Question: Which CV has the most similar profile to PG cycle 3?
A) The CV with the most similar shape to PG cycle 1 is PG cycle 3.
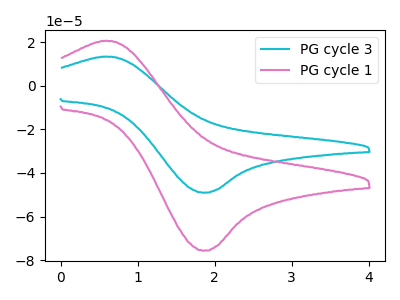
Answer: <think>The cyan curve "PG cycle 3" has an anodic peak at (0.60V, 13.40uA) and a cathodic peak at (1.85V, -49.05uA). The pink curve "PG cycle 1" has an anodic peak at (0.60V, 20.65uA) and a cathodic peak at (1.85V, -75.65uA).
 All the peaks in "PG cycle 3" have a peak in "PG cycle 1" at the same potential. Every peak in "PG cycle 3" is lower than every peak in "PG cycle 1".</think>
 <answer>A) The CV with the most similar shape to "PG cycle 1" is "PG cycle 3".</answer>
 <eval>A</eval>